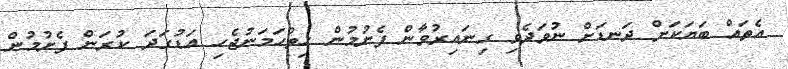
އެތައް ބަޔަކަށް ދަނޑަށް ނުވަދެވި ގިނައިރުވާން ފެށުމުން ހިތްހަމަނުޖެހި އަޑުގަދަ ކުރަން ފެށުމުން